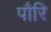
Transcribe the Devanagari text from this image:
पौरि